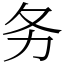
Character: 务